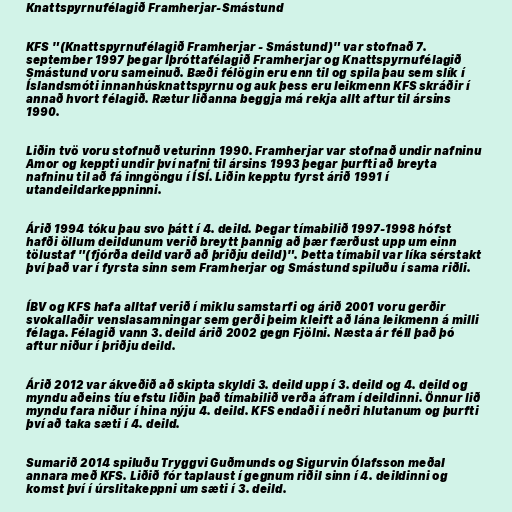
Knattspyrnufélagið Framherjar-Smástund

KFS "(Knattspyrnufélagið Framherjar - Smástund)" var stofnað 7.
september 1997 þegar Íþróttafélagið Framherjar og Knattspyrnufélagið
Smástund voru sameinuð. Bæði félögin eru enn til og spila þau sem slík í
Íslandsmóti innanhúsknattspyrnu og auk þess eru leikmenn KFS skráðir í
annað hvort félagið. Rætur liðanna beggja má rekja allt aftur til ársins
1990.

Liðin tvö voru stofnuð veturinn 1990. Framherjar var stofnað undir nafninu
Amor og keppti undir því nafni til ársins 1993 þegar þurfti að breyta
nafninu til að fá inngöngu í ÍSÍ. Liðin kepptu fyrst árið 1991 í
utandeildarkeppninni.

Árið 1994 tóku þau svo þátt í 4. deild. Þegar tímabilið 1997-1998 hófst
hafði öllum deildunum verið breytt þannig að þær færðust upp um einn
tölustaf "(fjórða deild varð að þriðju deild)". Þetta tímabil var líka sérstakt
því það var í fyrsta sinn sem Framherjar og Smástund spiluðu í sama riðli.

ÍBV og KFS hafa alltaf verið í miklu samstarfi og árið 2001 voru gerðir
svokallaðir venslasamningar sem gerði þeim kleift að lána leikmenn á milli
félaga. Félagið vann 3. deild árið 2002 gegn Fjölni. Næsta ár féll það þó
aftur niður í þriðju deild.

Árið 2012 var ákveðið að skipta skyldi 3. deild upp í 3. deild og 4. deild og
myndu aðeins tíu efstu liðin það tímabilið verða áfram í deildinni. Önnur lið
myndu fara niður í hina nýju 4. deild. KFS endaði í neðri hlutanum og þurfti
því að taka sæti í 4. deild.

Sumarið 2014 spiluðu Tryggvi Guðmunds og Sigurvin Ólafsson meðal
annara með KFS. Liðið fór taplaust í gegnum riðil sinn í 4. deildinni og
komst því í úrslitakeppni um sæti í 3. deild.